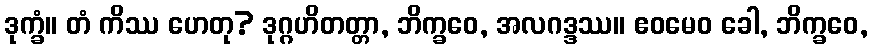
ဒုက္ခံ။ တံ ကိဿ ဟေတု? ဒုဂ္ဂဟိတတ္တာ, ဘိက္ခဝေ, အလဂဒ္ဒဿ။ ဧဝမေဝ ခေါ, ဘိက္ခဝေ,